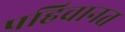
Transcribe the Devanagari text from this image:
पहिचानत